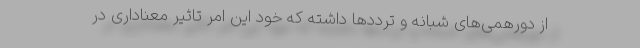
از دورهمی‌های شبانه و ترددها داشته که خود این امر تاثیر معناداری در